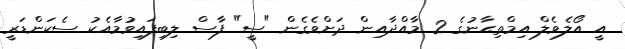
އީ އޯލެވެލް އިމްތިޙާނުގެ 2 މާއްދާއިން ދަށްވެގެން "ސީ" ފާސް ލިބިފައިވުމާއެކު ސެކަންޑަރީ